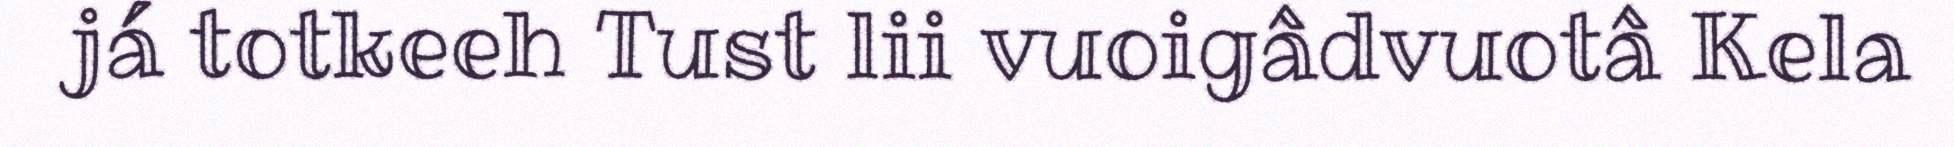
já totkeeh Tust lii vuoigâdvuotâ Kela